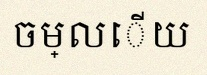
ចម្លើយ